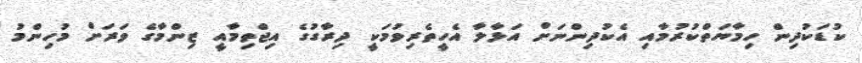
ކުޑަކުދިން ހިމާޔަތްކުރުމާއި އެކުދިންނަށް އަޅާލާ އެހީތެރިވުމަކީ ދިރާގުގެ އިޖްތިމާއީ ޒިންމާގެ ވަރަށް މުހިންމު